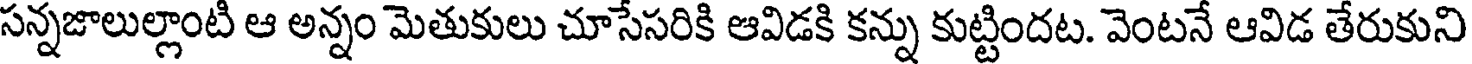
సన్నజాలుల్లాంటి ఆ అన్నం మెతుకులు చూసేసరికి ఆవిడకి కన్ను కుట్టిందట. వెంటనే ఆవిడ తేరుకుని